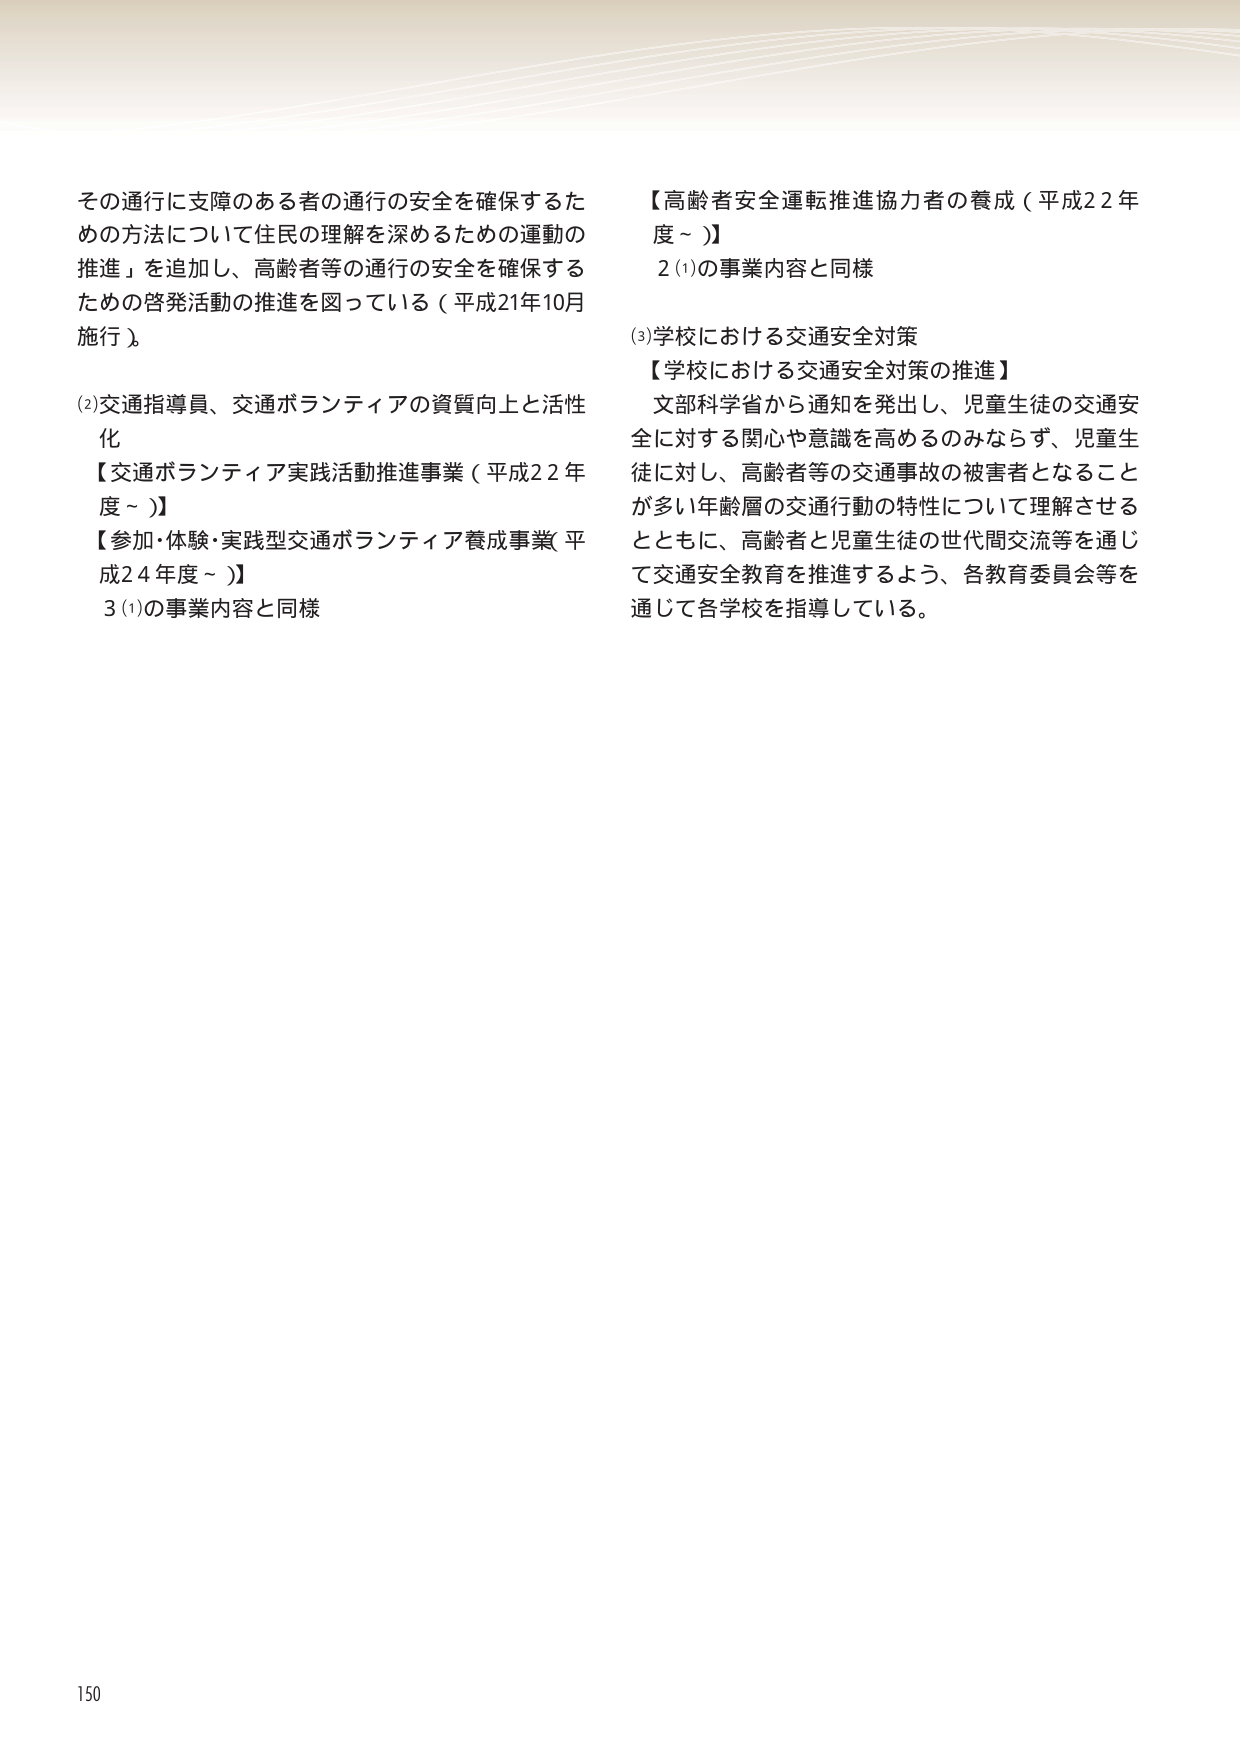
その通行に支障のある者の通行の安全を確保するための方法について住民の理解を深めるための運動の推進」を追加し、高齢者等の通行の安全を確保するための啓発活動の推進を図っている（平成21年10月施行）。

(2)交通指導員、交通ボランティアの資質向上と活性化
【交通ボランティア実践活動推進事業（平成22年度～）】
【参加・体験・実践型交通ボランティア養成事業（平成24年度～）】
3(1)の事業内容と同様

【高齢者安全運転推進協力者の養成（平成22年度～）】
2(1)の事業内容と同様

(3)学校における交通安全対策
【学校における交通安全対策の推進】
文部科学省から通知を発出し、児童生徒の交通安全に対する関心や意識を高めるのみならず、児童生徒に対し、高齢者等の交通事故の被害者となることが多い年齢層の交通行動の特性について理解させるとともに、高齢者と児童生徒の世代間交流等を通じて交通安全教育を推進するよう、各教育委員会等を通じて各学校を指導している。

150